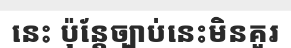
នេះ ប៉ុន្តែច្បាប់នេះមិនគួរ